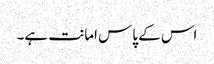
اس کے پاس امانت ہے۔